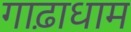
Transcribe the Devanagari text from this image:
गाढ़ाधाम